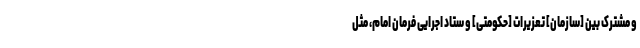
و مشترک بین [سازمان] تعزیرات [حکومتی] و ستاد اجرایی فرمان امام، مثل